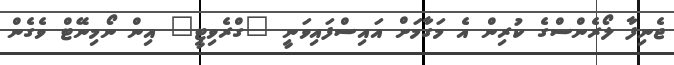
ޖެނިފާ ލޯރެންސްގެ ކުރިން އެ މަގާމަށް އައިސްފައިވަނީ "ގްރެވިޓީ" އިން ނޯމިނޭޓް ވެގެން